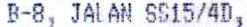
B-8, JALAN SS15/4D,